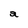
Character: a